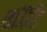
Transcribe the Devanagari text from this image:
थाउज़ेंड